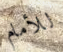
للأمام